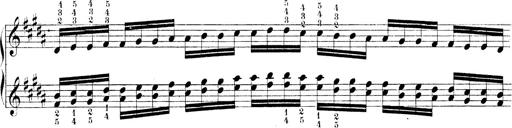
Title: Technische Studien
Composer: Franz Liszt